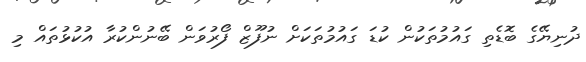
ދުނިޔޭގެ ބޮޑެތި ގައުމުތަކުން ކުޑަ ގައުމުތަކަށް ނުފޫޒް ފޯރުވަން ބޭނުންކުރާ އުކުޅުތައް މި